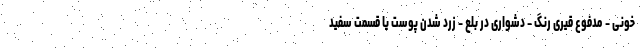
خونی - مدفوع قیری رنگ - دشواری در بلع - زرد شدن پوست یا قسمت سفید